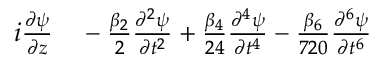
\begin{array} { r l } { i \frac { \partial \psi } { \partial z } } & { { } - \frac { \beta _ { 2 } } { 2 } \frac { \partial ^ { 2 } \psi } { \partial t ^ { 2 } } + \frac { \beta _ { 4 } } { 2 4 } \frac { \partial ^ { 4 } \psi } { \partial t ^ { 4 } } - \frac { \beta _ { 6 } } { 7 2 0 } \frac { \partial ^ { 6 } \psi } { \partial t ^ { 6 } } } \end{array}